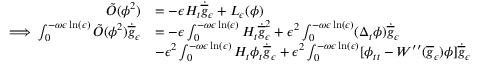
\begin{array} { r l } { \tilde { O } ( \phi ^ { 2 } ) } & { = - \epsilon H _ { t } \dot { \overline { { g } } } _ { \epsilon } + L _ { \epsilon } ( \phi ) } \\ { \implies \int _ { 0 } ^ { - \omega \epsilon \ln ( \epsilon ) } \tilde { O } ( \phi ^ { 2 } ) \dot { \overline { { g } } } _ { \epsilon } } & { = - \epsilon \int _ { 0 } ^ { - \omega \epsilon \ln ( \epsilon ) } H _ { t } \dot { \overline { { g } } } _ { \epsilon } ^ { 2 } + \epsilon ^ { 2 } \int _ { 0 } ^ { - \omega \epsilon \ln ( \epsilon ) } ( \Delta _ { t } \phi ) \dot { \overline { { g } } } _ { \epsilon } } \\ & { - \epsilon ^ { 2 } \int _ { 0 } ^ { - \omega \epsilon \ln ( \epsilon ) } H _ { t } \phi _ { t } \dot { \overline { { g } } } _ { \epsilon } + \epsilon ^ { 2 } \int _ { 0 } ^ { - \omega \epsilon \ln ( \epsilon ) } [ \phi _ { t t } - W ^ { \prime \prime } ( \overline { { g } } _ { \epsilon } ) \phi ] \dot { \overline { { g } } } _ { \epsilon } } \end{array}